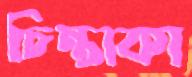
চিন্তাকা